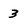
Character: 3